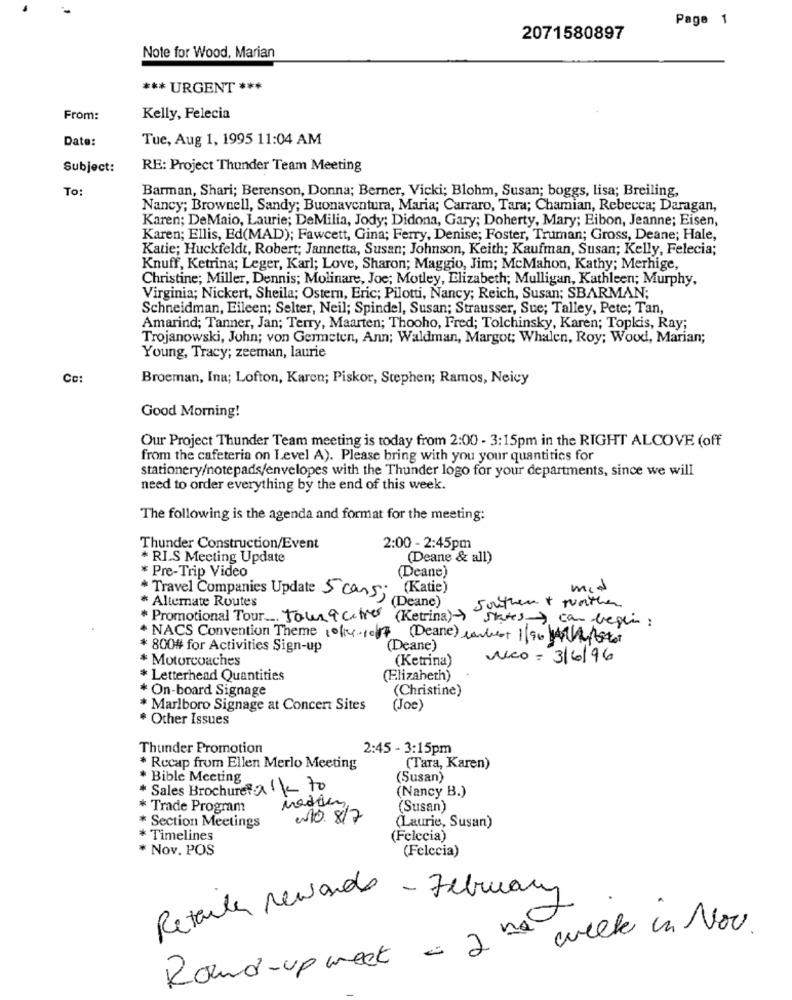
Page 1
2071580897
Note for Wood, Marian
*** URGENT ***
From:
Kelly, Felecia
Date:
Tue, Aug 1, 1995 11:04 AM
Subject:
RE: Project Thunder Team Meeting
To:
Barman, Shari; Berenson, Donna; Berner, Vicki; Blohm, Susan; boggs, lisa; Breiling,
Nancy; Brownell, Sandy; Buonaventura, Maria; Carraro, Tara; Chamian, Rebecca; Daragan,
Karen; DeMaio, Laurie; DeMilia, Jody; Didona, Gary; Doherty, Mary; Eibon, Jeanne; Eisen,
Karen; Ellis, Ed(MAD); Fawcett, Gina; Ferry, Denise; Foster, Truman; Gross, Deane; Hale,
Katie; Huckfeldt, Robert; Jannetta, Susan; Johnson, Keith; Kaufman, Susan; Kelly, Felecia;
Knuff, Ketrina; Leger, Karl; Love, Sharon; Maggio, Jim; McMahon, Kathy; Merhige,
Christine; Miller, Dennis; Molinare, Joe; Motley, Elizabeth; Mulligan, Kathleen; Murphy,
Virginia; Nickert, Sheila; Ostern, Eric; Pilotti, Nancy; Reich, Susan; SBARMAN;
Schneidman, Eileen; Selter, Neil; Spindel, Susan; Strausser, Sue; Talley, Pete; Tan,
Amarind; Tanner, Jan; Terry, Maarten; Thooho, Fred; Tolchinsky, Karen; Topkis, Ray;
Trojanowski, John; von Germeten, Ann; Waldman, Margot; Whalen, Roy; Wood, Marian;
Young, Tracy; zeeman, laurie
Co:
Broeman, Ina; Lofton, Karen; Piskor, Stephen; Ramos, Neicy
Good Morning!
Our Project Thunder Team meeting is today from 2:00 - 3:15pm in the RIGHT ALCOVE (off
from the cafeteria on Level A). Please bring with you your quantities for
stationery/notepads/envelopes with the Thunder logo for your departments, since we will
need to order everything by the end of this week.
The following is the agenda and format for the meeting:
Thunder Construction/Event
2:00 - 2:45pm
* RI.S Meeting Update
(Deane & all)
* Pre-Trip Video
(Deane)
(Katie)
mit
* Alternate Routes
* Travel Companies Update 5 cans;
(Deane)
Southern + wather
* Promotional Tour. Jourquetror (Ketrina) >
states-> can begin :
* NACS Convention Theme 1 0/14/10/17 (Deane) canbest 1/96 4Asker
* 800# for Activities Sign-up
(Deane)
* Motorcoaches
(Ketrina)
reco = 3/6/96
* Letterhead Quantities
(Elizabeth)
* On-board Signage
(Christine)
* Marlboro Signage at Concert Sites
(Joe)
. Other Issues
Thunder Promotion
2:45 - 3:15pm
* Recap from Ellen Merlo Meeting
(Tara, Karen)
* Bible Meeting
(Susan)
* Sales Brochureta 1 - 70
(Nancy B.)
* Trade Program
(Susan)
WHO. 8/7
(Laurie, Susan)
* Section Meetings
* Timelines
(Felecia)
* Nov. POS
(Felccia)
Retailer rewards - February
week in Nov.
2 nd
Round-up week